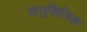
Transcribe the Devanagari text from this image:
खत्तुशिलिश